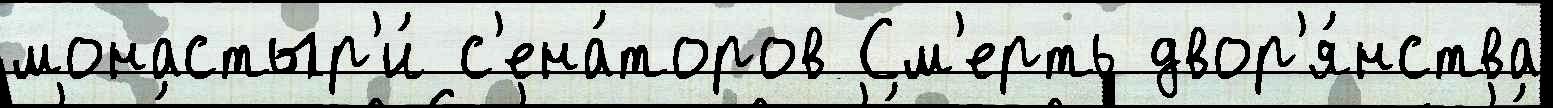
монастыр'и́ с'ена́торов См'ерть двор'я́нства